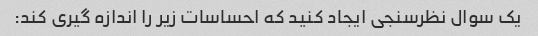
یک سوال نظرسنجی ایجاد کنید که احساسات زیر را اندازه گیری کند: